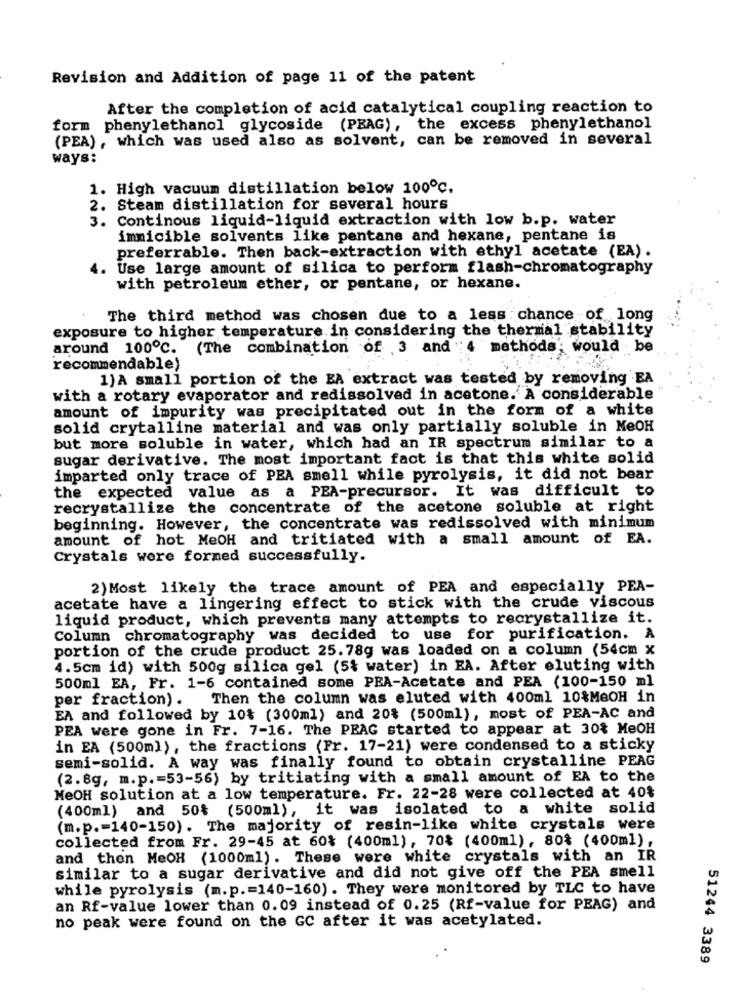
Revision and Addition of page 11 of the patent
After the completion of acid catalytical coupling reaction to
form phenylethanol glycoside (PEAG), the excess phenylethanol
(PEA), which was used also as solvent, can be removed in several
ways:
1. High vacuum distillation below 100℃.
2.
Steam distillation for several hours
3 .
Continous liquid-liquid extraction with low b.p. water
immicible solvents like pentane and hexane, pentane is
preferrable. Then back-extraction with ethyl acetate (EA).
4. Use large amount of silica to perform flash-chromatography
with petroleum ether, or pentane, or hexane.
The third method was chosen due to a less chance of long
exposure to higher temperature in considering the thermal stability
around 100℃. (The combination of 3 and 4 methods' would be
recommendable)
1)A small portion of the EA extract was tested by removing EA
with a rotary evaporator and redissolved in acetone. A considerable
amount of impurity was precipitated out in the form of a white
solid crytalline material and was only partially soluble in MeOH
but more soluble in water, which had an IR spectrum similar to a
sugar derivative. The most important fact is that this white solid
imparted only trace of PEA smell while pyrolysis, it did not bear
the expected value as a PEA-precursor. It was difficult to
recrystallize the concentrate of the acetone soluble at right
beginning. However, the concentrate was redissolved with minimum
amount of hot MeOH and tritiated with a small amount of EA.
Crystals were formed successfully.
2) Most likely the trace amount of PEA and especially PEA-
acetate have a lingering effect to stick with the crude viscous
liquid product, which prevents many attempts to recrystallize it.
Column chromatography was decided to use for purification. A
portion of the crude product 25. 78g was loaded on a column (54cm x
4.5cm id) with 500g silica gel (5% water) in EA. After eluting with
500ml EA, Fr. 1-6 contained some PEA-Acetate and PEA (100-150 ml
per fraction). Then the column was eluted with 400ml 10%MeOH in
EA and followed by 10% (300ml) and 20% (500ml), most of PEA-AC and
PEA were gone in Fr. 7-16. The PEAG started to appear at 30% MeOH
in EA (500ml), the fractions (Fr. 17-21) were condensed to a sticky
semi-solid. A way was finally found to obtain crystalline PEAG
(2.8g, m.p .= 53-56) by tritiating with a small amount of EA to the
MeOH solution at a low temperature. Fr. 22-28 were collected at 40%
(400ml) and 50%
(500ml), it was isolated to a white solid
(m.p .= 140-150). The majority of resin-like white crystals were
collected from Fr. 29-45 at 60% (400ml), 70% (400ml), 80% (400ml),
and then MeOH (1000ml). These were white crystals with an IR
similar to a sugar derivative and did not give off the PEA smell
while pyrolysis (m.p .= 140-160). They were monitored by TLC to have
an Rf-value lower than 0.09 instead of 0.25 (Rf-value for PEAG) and
no peak were found on the GC after it was acetylated.
51244 3389